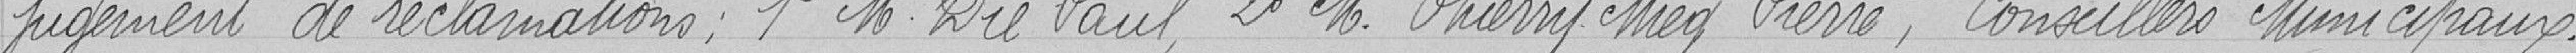
jugement de réclamations ; 1° Monsieur DIE Paul, 2° THERRY MIEG Pierre, Conseillers Municipaux.